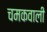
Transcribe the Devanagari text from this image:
चमकवाली